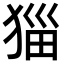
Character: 𭸖